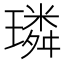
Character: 璘